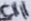
Text: C11